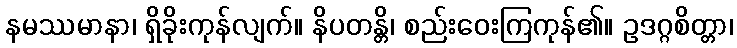
နမဿမာနာ၊ ရှိခိုးကုန်လျက်။ နိပတန္တိ၊ စည်းဝေးကြကုန်၏။ ဥဒဂ္ဂစိတ္တာ၊